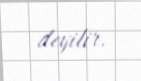
deyilir.